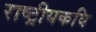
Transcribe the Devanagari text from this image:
राष्ट्रीयकवि